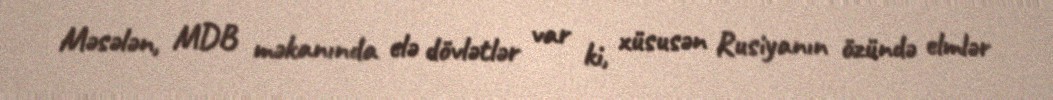
Məsələn, MDB məkanında elə dövlətlər var ki, xüsusən Rusiyanın özündə elmlər